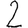
Digit: 2